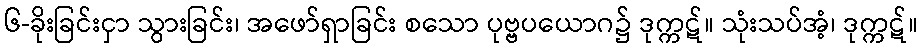
၆-ခိုးခြင်းငှာ သွားခြင်း၊ အဖော်ရှာခြင်း စသော ပုဗ္ဗပယောဂ၌ ဒုက္ကဋ်။ သုံးသပ်အံ့၊ ဒုက္ကဋ်။